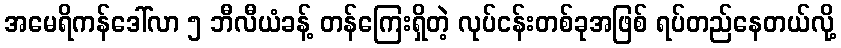
အမေရိကန်ဒေါ်လာ ၅ ဘီလီယံခန့် တန်ကြေးရှိတဲ့ လုပ်ငန်းတစ်ခုအဖြစ် ရပ်တည်နေတယ်လို့